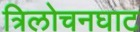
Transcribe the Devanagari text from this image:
त्रिलोचनघाट